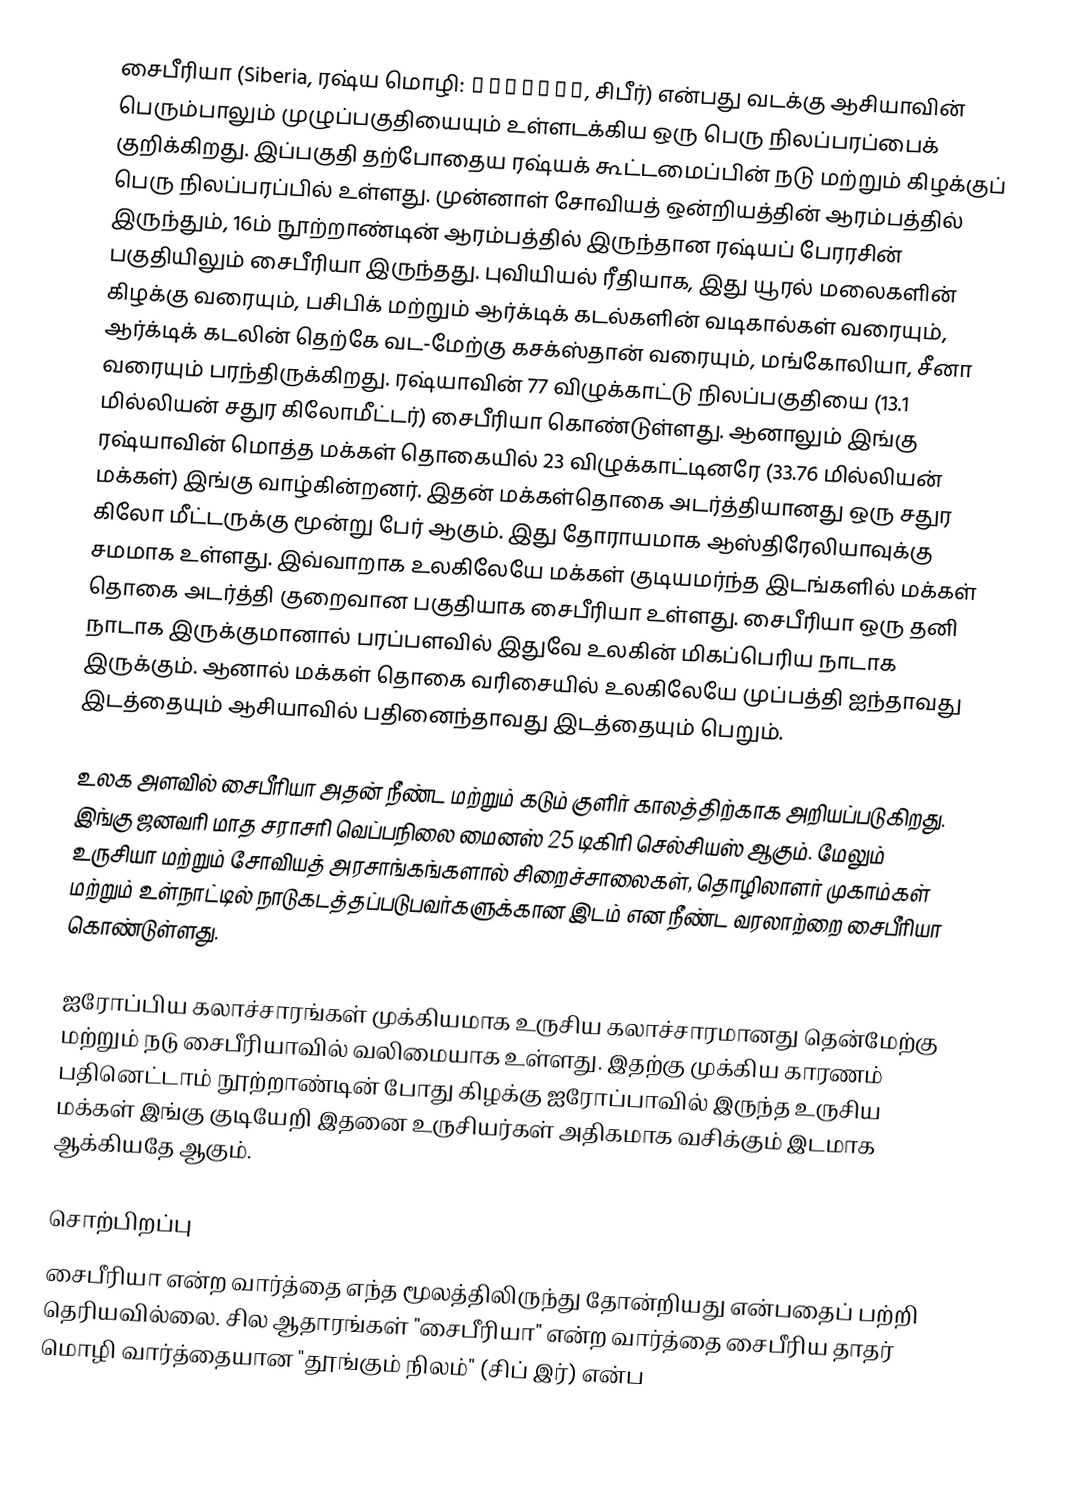
சைபீரியா (Siberia, ரஷ்ய மொழி: Сиби́рь, சிபீர்) என்பது வடக்கு ஆசியாவின் பெரும்பாலும் முழுப்பகுதியையும் உள்ளடக்கிய ஒரு பெரு நிலப்பரப்பைக் குறிக்கிறது. இப்பகுதி தற்போதைய ரஷ்யக் கூட்டமைப்பின் நடு மற்றும் கிழக்குப் பெரு நிலப்பரப்பில் உள்ளது. முன்னாள் சோவியத் ஒன்றியத்தின் ஆரம்பத்தில் இருந்தும், 16ம் நூற்றாண்டின் ஆரம்பத்தில் இருந்தான ரஷ்யப் பேரரசின் பகுதியிலும் சைபீரியா இருந்தது. புவியியல் ரீதியாக, இது யூரல் மலைகளின் கிழக்கு வரையும், பசிபிக் மற்றும் ஆர்க்டிக் கடல்களின் வடிகால்கள் வரையும், ஆர்க்டிக் கடலின் தெற்கே வட-மேற்கு கசக்ஸ்தான் வரையும், மங்கோலியா, சீனா வரையும் பரந்திருக்கிறது. ரஷ்யாவின் 77 விழுக்காட்டு நிலப்பகுதியை (13.1 மில்லியன் சதுர கிலோமீட்டர்) சைபீரியா கொண்டுள்ளது. ஆனாலும் இங்கு ரஷ்யாவின் மொத்த மக்கள் தொகையில் 23 விழுக்காட்டினரே (33.76 மில்லியன் மக்கள்) இங்கு வாழ்கின்றனர். இதன் மக்கள்தொகை அடர்த்தியானது ஒரு சதுர கிலோ மீட்டருக்கு மூன்று பேர் ஆகும். இது தோராயமாக ஆஸ்திரேலியாவுக்கு சமமாக உள்ளது. இவ்வாறாக உலகிலேயே மக்கள் குடியமர்ந்த இடங்களில் மக்கள் தொகை அடர்த்தி குறைவான பகுதியாக சைபீரியா உள்ளது. சைபீரியா ஒரு தனி நாடாக இருக்குமானால் பரப்பளவில் இதுவே உலகின் மிகப்பெரிய நாடாக இருக்கும். ஆனால் மக்கள் தொகை வரிசையில் உலகிலேயே முப்பத்தி ஐந்தாவது இடத்தையும் ஆசியாவில் பதினைந்தாவது இடத்தையும் பெறும்.

உலக அளவில் சைபீரியா அதன் நீண்ட மற்றும் கடும் குளிர் காலத்திற்காக அறியப்படுகிறது. இங்கு ஜனவரி மாத சராசரி வெப்பநிலை மைனஸ் 25 டிகிரி செல்சியஸ் ஆகும். மேலும் உருசியா மற்றும் சோவியத் அரசாங்கங்களால் சிறைச்சாலைகள், தொழிலாளர் முகாம்கள் மற்றும் உள்நாட்டில் நாடுகடத்தப்படுபவர்களுக்கான இடம் என நீண்ட வரலாற்றை சைபீரியா கொண்டுள்ளது.

ஐரோப்பிய கலாச்சாரங்கள் முக்கியமாக உருசிய கலாச்சாரமானது தென்மேற்கு மற்றும் நடு சைபீரியாவில் வலிமையாக உள்ளது. இதற்கு முக்கிய காரணம் பதினெட்டாம் நூற்றாண்டின் போது கிழக்கு ஐரோப்பாவில் இருந்த உருசிய மக்கள் இங்கு குடியேறி இதனை உருசியர்கள் அதிகமாக வசிக்கும் இடமாக ஆக்கியதே ஆகும்.

சொற்பிறப்பு
சைபீரியா என்ற வார்த்தை எந்த மூலத்திலிருந்து தோன்றியது என்பதைப் பற்றி தெரியவில்லை. சில ஆதாரங்கள் "சைபீரியா" என்ற வார்த்தை சைபீரிய தாதர் மொழி வார்த்தையான "தூங்கும் நிலம்" (சிப் இர்) என்ப